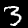
Label: 3